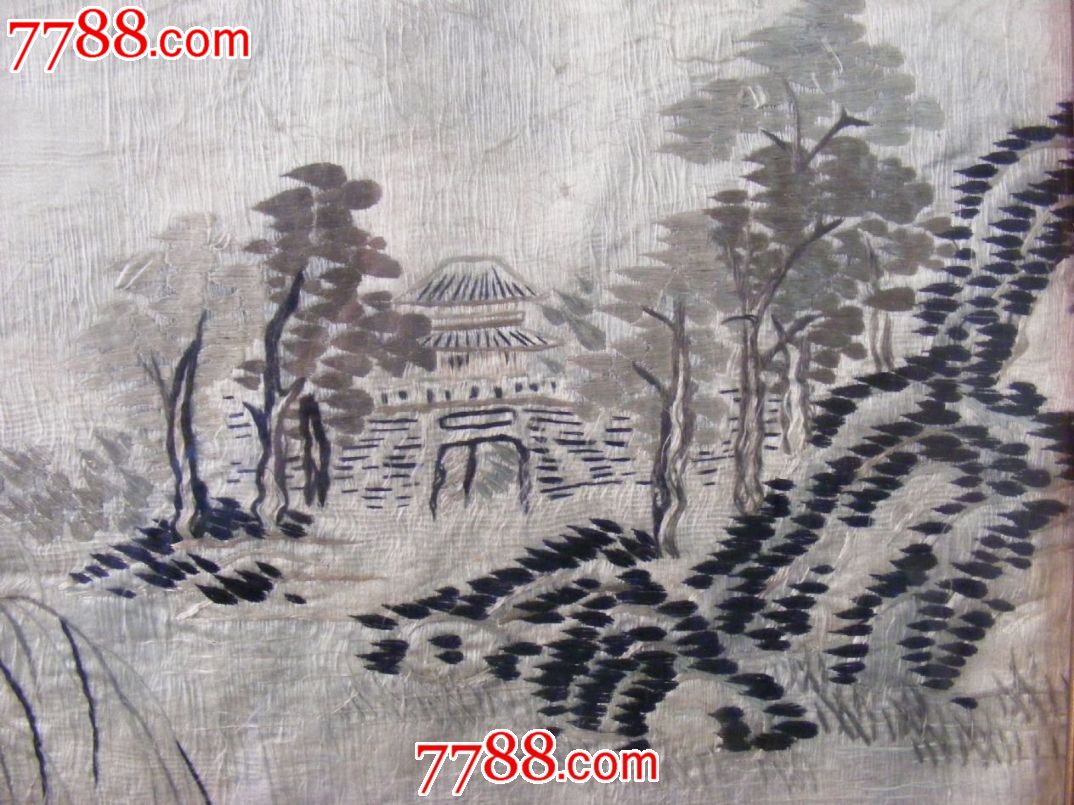
暗凝伫。近重阳满城风雨。